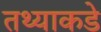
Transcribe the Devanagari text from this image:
तथ्याकडे